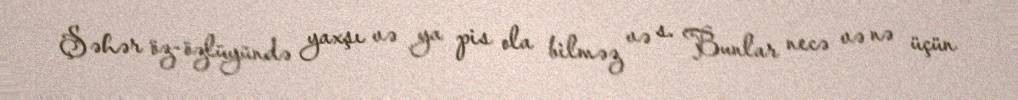
Şəhər öz-özlüyündə yaxşı və ya pis ola bilməz və s. Bunlar necə və nə üçün